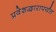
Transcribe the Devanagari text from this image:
प्रवेशद्वारापर्यंत